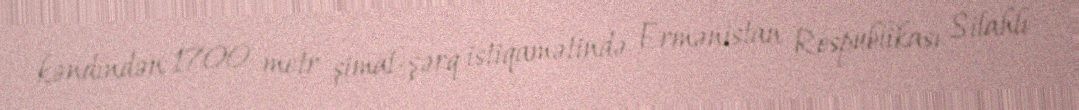
kəndindən 1700 metr şimal-şərq istiqamətində Ermənistan Respublikası Silahlı